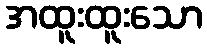
အထူးထူးသော